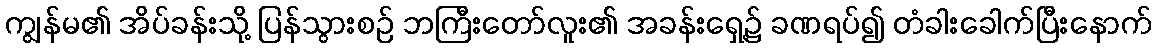
ကျွန်မ၏ အိပ်ခန်းသို့ ပြန်သွားစဉ် ဘကြီးတော်လူး၏ အခန်းရှေ့၌ ခဏရပ်၍ တံခါးခေါက်ပြီးနောက်